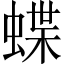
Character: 蝶